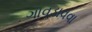
ગાવડાવવા